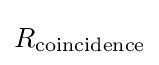
R_{\rm {coincidence}}